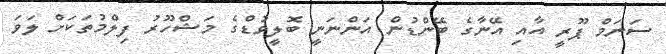
ސަނަމް ޕޫރީ އާއި އޭނާގެ ބޭންޑުން އަންނަނީ ބޮލީވުޑްގެ މަޝްހޫރު ފިލްމުތަކަށް ލަވަ